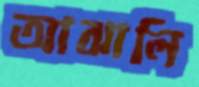
আঝালি